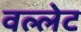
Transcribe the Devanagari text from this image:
वल्लेट